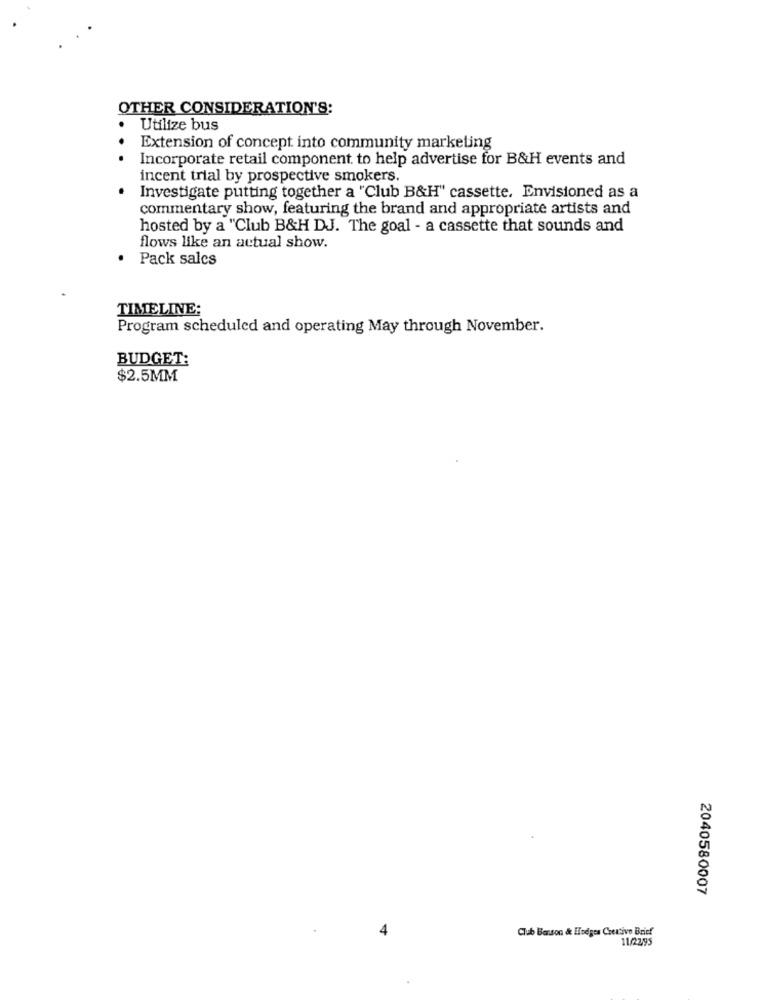
OTHER CONSIDERATION'S:
Utilize bus
Extension of concept into community marketing
.. .
Incorporate retail component. to help advertise for B&H events and
incent trial by prospective smokers.
Investigate putting together a "Club B&H" cassette. Envisioned as a
commentary show, featuring the brand and appropriate artists and
hosted by a "Club B&H DJ. The goal - a cassette that sounds and
flows like an actual show.
· Pack salcs
TIMELINE;
Program scheduled and operating May through November.
BUDGET:
$2.5MM
2040580007
Club Benson & Hodges Creative Brief
11/22,95